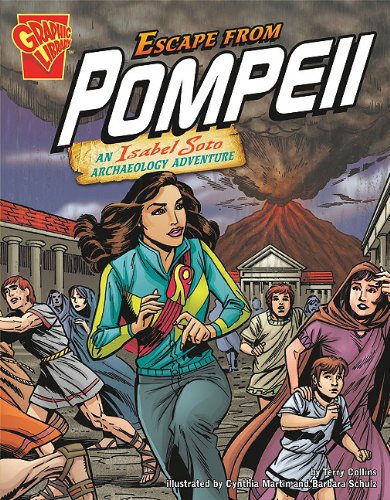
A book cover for Escape from Pompeii: An Isabel Soto Archaeology Adventure (Graphic Expeditions); Terry Collins; Children's Books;